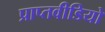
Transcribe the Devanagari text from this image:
प्राप्तवीडियो